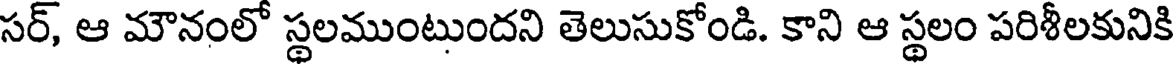
సర్, ఆ మౌనంలో స్థలముంటుందని తెలుసుకోండి. కాని ఆ స్థలం పరిశీలకునికి